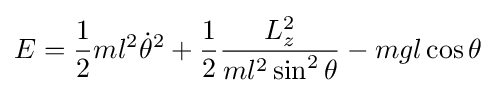
E={\frac {1}{2}}ml^{2}{\dot {\theta }}^{2}+{\frac {1}{2}}{\frac {L_{z}^{2}}{ml^{2}\sin ^{2}\theta }}-mgl\cos \theta